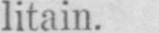
litain.